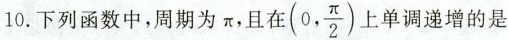
10.下列函数中，周期为π，且在 (0, \frac{π}{2}) 上单调递增的是